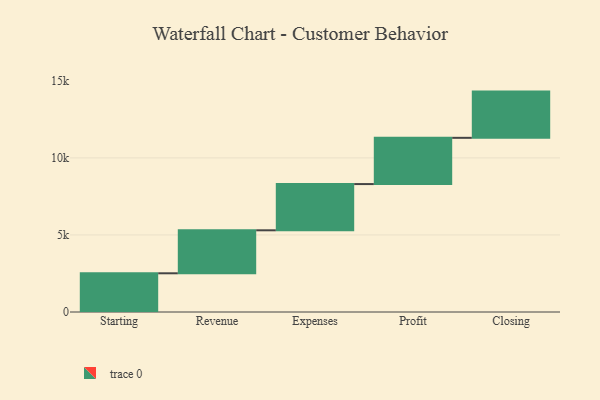
{"axis": {"x": "Step", "y": "Value"}, "legend": [""], "data": [{"x": "Starting", "y": 2512.0, "type": ""}, {"x": "Revenue", "y": 2789.0, "type": ""}, {"x": "Expenses", "y": 3000, "type": ""}, {"x": "Profit", "y": 3000, "type": ""}, {"x": "Closing", "y": 3000, "type": ""}]}